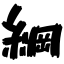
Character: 綱